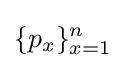
\{p_{x}\}_{x=1}^{n}